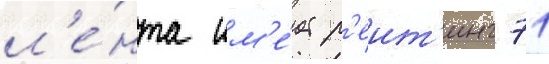
л'е́нта им'е́ет р'еит'инг 71